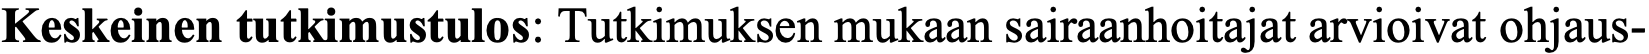
Keskeinen tutkimustulos: Tutkimuksen mukaan sairaanhoitajat arvioivat ohjaus-